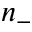
n _ { - }